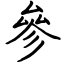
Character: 參